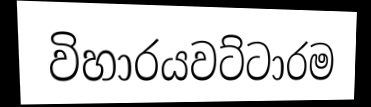
විහාරයවට්ටාරම